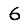
Digit: 6